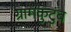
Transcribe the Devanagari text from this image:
ग्रामकुटुंब